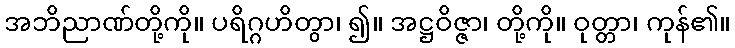
အဘိညာဏ်တို့ကို။ ပရိဂ္ဂဟိတွာ၊ ၍။ အဋ္ဌဝိဇ္ဇာ၊ တို့ကို။ ဝုတ္တာ၊ ကုန်၏။